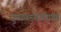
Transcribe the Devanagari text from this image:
सुव्यवस्थेचीपण